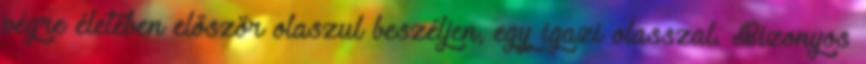
végre életében először olaszul beszéljen, egy igazi olasszal. Bizonyos